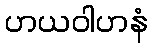
ဟယဝါဟနံ